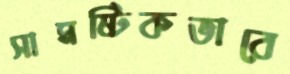
সামষ্টিকভাবে